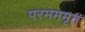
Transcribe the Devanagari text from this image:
परमममृतं